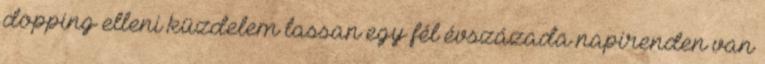
dopping elleni küzdelem lassan egy fél évszázada napirenden van